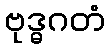
ဗုဒ္ဓဂတံ